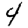
Digit: 4